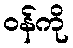
ဝန်ကို